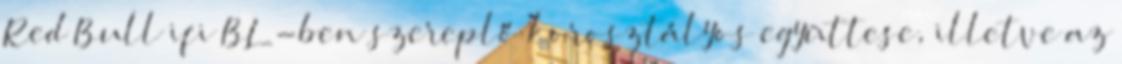
Red Bull ifi BL-ben szereplő korosztályos együttese, illetve az